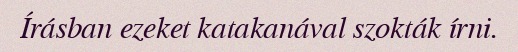
Írásban ezeket katakanával szokták írni.